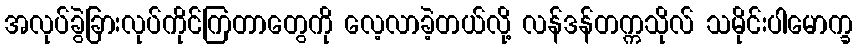
အလုပ်ခွဲခြားလုပ်ကိုင်ကြတာတွေကို လေ့လာခဲ့တယ်လို့ လန်ဒန်တက္ကသိုလ် သမိုင်းပါမောက္ခ